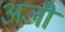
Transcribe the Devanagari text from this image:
अजौं